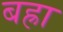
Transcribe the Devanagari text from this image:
बह्रा